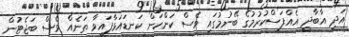
އަދި އާބާދީ އެއްފަސްކުރުމުގެ ބޭނުމުގައި ވެސް ކަންކަން ކަނޑައަޅާފައިވާ ތަނެއް ވެސް ބަޖެޓުން